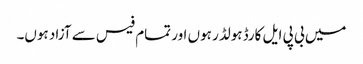
میں بی پی ایل کارڈ ہولڈر ہوں اور تمام فیس سے آزاد ہوں۔